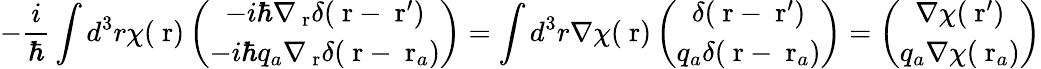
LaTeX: -\frac{i}{\hbar}\int d^{3}r\chi(\mathrm{\mathbf~r})\left(\begin{array}{c}{-i\hbar\nabla_{\mathrm{\mathbf~r}}\delta(\mathrm{\mathbf~r}-\mathrm{\mathbf~r}^{\prime})}\\ {-i\hbar q_{a}\nabla_{\mathrm{\mathbf~r}}\delta(\mathrm{\mathbf~r}-\mathrm{\mathbf~r}_{a})}\end{array}\right)=\int d^{3}r\nabla\chi(\mathrm{\mathbf~r})\left(\begin{array}{c}{\delta(\mathrm{\mathbf~r}-\mathrm{\mathbf~r}^{\prime})}\\ {q_{a}\delta(\mathrm{\mathbf~r}-\mathrm{\mathbf~r}_{a})}\end{array}\right)=\left(\begin{array}{c}{\nabla\chi(\mathrm{\mathbf~r}^{\prime})}\\ {q_{a}\nabla\chi(\mathrm{\mathbf~r}_{a})}\end{array}\right)